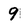
Character: 9